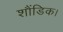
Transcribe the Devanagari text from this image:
शौंडिक।